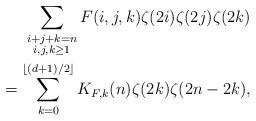
LaTeX: \begin{align*} \sum_{\substack{i+j+k=n\\ i,j,k\ge 1}} F(i,j,k) \zeta(2i) \zeta(2j) \zeta(2k) \\= \sum_{k=0}^{\lfloor(d+1)/2\rfloor} K_{F,k}(n)\zeta(2k)\zeta(2n-2k),\end{align*}